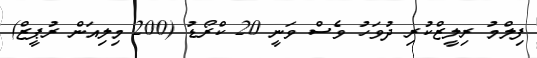
ފިލްމު ރިލީޒްކުރި ދުވަހު ވެސް ވަނީ 20 ކްރޯޑު (200 މިލިއަން ރުޕީޒް)